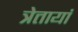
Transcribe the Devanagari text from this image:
त्रेतायां